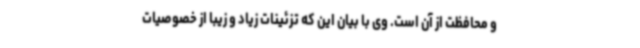
و محافظت از آن است. وی با بیان این که تزئینات زیاد و زیبا از خصوصیات